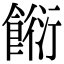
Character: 餰